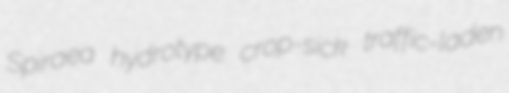
Spiraea hydrotype crop-sick traffic-laden